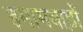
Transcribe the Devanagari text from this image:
इमामबाड़ों